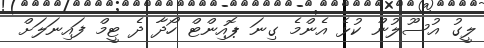
ލީގު އުސޫލުން ކުޅެ އެންމެ ގިނަ ޕޮއިންޓް ހޯދާ ދެ ޓީމް ފައިނަލަށް